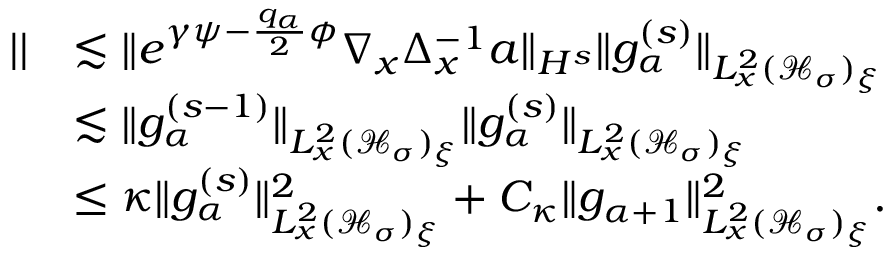
\begin{array} { r l } { | | } & { \lesssim \| e ^ { \gamma \psi - \frac { q _ { \alpha } } { 2 } \phi } \nabla _ { x } \Delta _ { x } ^ { - 1 } a \| _ { H ^ { s } } \| g _ { \alpha } ^ { ( s ) } \| _ { L _ { x } ^ { 2 } ( \mathcal H _ { \sigma } ) _ { \xi } } } \\ & { \lesssim \| g _ { \alpha } ^ { ( s - 1 ) } \| _ { L _ { x } ^ { 2 } ( \mathcal H _ { \sigma } ) _ { \xi } } \| g _ { \alpha } ^ { ( s ) } \| _ { L _ { x } ^ { 2 } ( \mathcal H _ { \sigma } ) _ { \xi } } } \\ & { \leq \kappa \| g _ { \alpha } ^ { ( s ) } \| _ { L _ { x } ^ { 2 } ( \mathcal H _ { \sigma } ) _ { \xi } } ^ { 2 } + C _ { \kappa } \| g _ { \alpha + 1 } \| _ { L _ { x } ^ { 2 } ( \mathcal H _ { \sigma } ) _ { \xi } } ^ { 2 } . } \end{array}